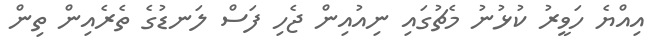
އިއްޔެ ހަވީރު ކުޅުނު މެޗުގައި ނިއުއިން ޖެހި ފަސް ލަނޑުގެ ތެރެއިން ތިން